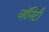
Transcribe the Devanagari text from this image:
व्हॅनिटी